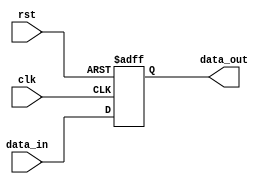
module StoreRegister (
    input wire clk,          // Clock input
    input wire rst,          // Reset input
    input wire [7:0] data_in, // Input data (width can be adjusted as needed)
    output reg [7:0] data_out // Output data
);

// Sequential logic to store data
always @(posedge clk or posedge rst) begin
    if (rst) begin
        data_out <= 8'b0; // Set data_out to zero on reset
    end else begin
        data_out <= data_in; // Store input data on clock edge
    end
end

endmodule